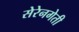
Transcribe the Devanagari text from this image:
सेरेनगेती